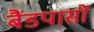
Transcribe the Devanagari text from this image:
बैंडपासों